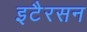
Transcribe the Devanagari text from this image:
इटैरसन